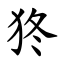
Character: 㹣